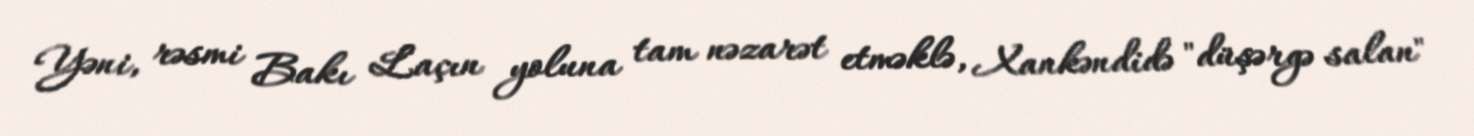
Yəni, rəsmi Bakı Laçın yoluna tam nəzarət etməklə, Xankəndidə "düşərgə salan"